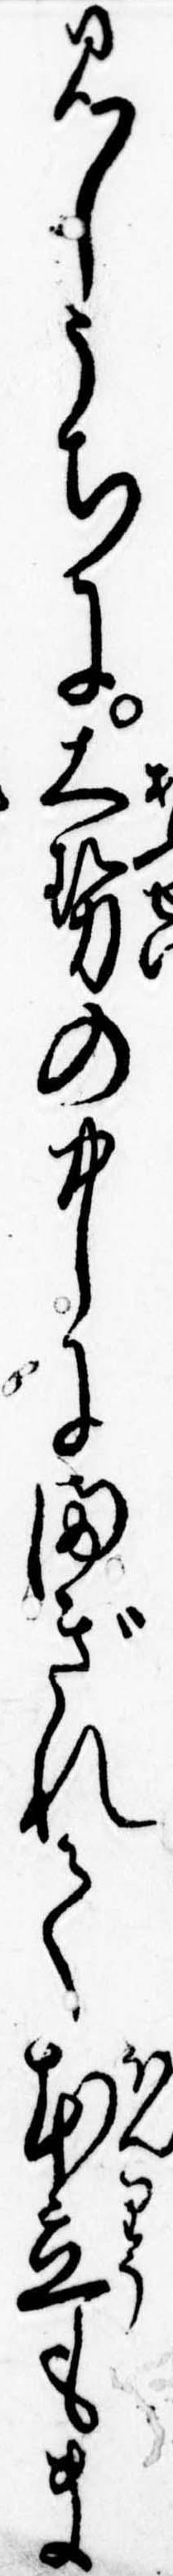
見しうちに大勢の中にまぎれて本立もま